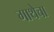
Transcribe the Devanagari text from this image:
गाथेचा